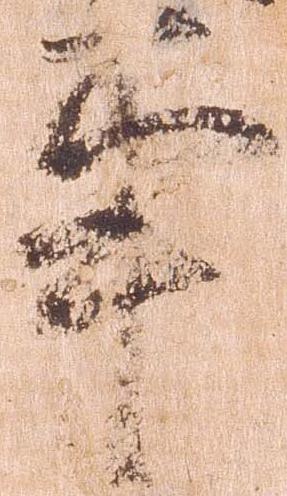
事